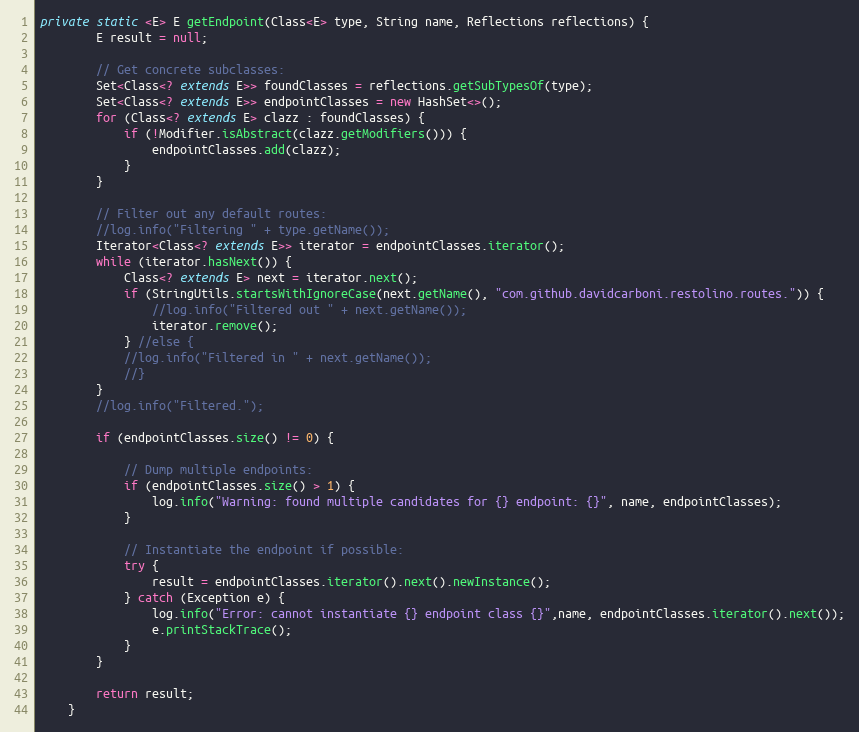
Language: Java
private static <E> E getEndpoint(Class<E> type, String name, Reflections reflections) {
        E result = null;

        // Get concrete subclasses:
        Set<Class<? extends E>> foundClasses = reflections.getSubTypesOf(type);
        Set<Class<? extends E>> endpointClasses = new HashSet<>();
        for (Class<? extends E> clazz : foundClasses) {
            if (!Modifier.isAbstract(clazz.getModifiers())) {
                endpointClasses.add(clazz);
            }
        }

        // Filter out any default routes:
        //log.info("Filtering " + type.getName());
        Iterator<Class<? extends E>> iterator = endpointClasses.iterator();
        while (iterator.hasNext()) {
            Class<? extends E> next = iterator.next();
            if (StringUtils.startsWithIgnoreCase(next.getName(), "com.github.davidcarboni.restolino.routes.")) {
                //log.info("Filtered out " + next.getName());
                iterator.remove();
            } //else {
            //log.info("Filtered in " + next.getName());
            //}
        }
        //log.info("Filtered.");

        if (endpointClasses.size() != 0) {

            // Dump multiple endpoints:
            if (endpointClasses.size() > 1) {
                log.info("Warning: found multiple candidates for {} endpoint: {}", name, endpointClasses);
            }

            // Instantiate the endpoint if possible:
            try {
                result = endpointClasses.iterator().next().newInstance();
            } catch (Exception e) {
                log.info("Error: cannot instantiate {} endpoint class {}",name, endpointClasses.iterator().next());
                e.printStackTrace();
            }
        }

        return result;
    }